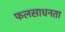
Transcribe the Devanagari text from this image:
फलसाधनता